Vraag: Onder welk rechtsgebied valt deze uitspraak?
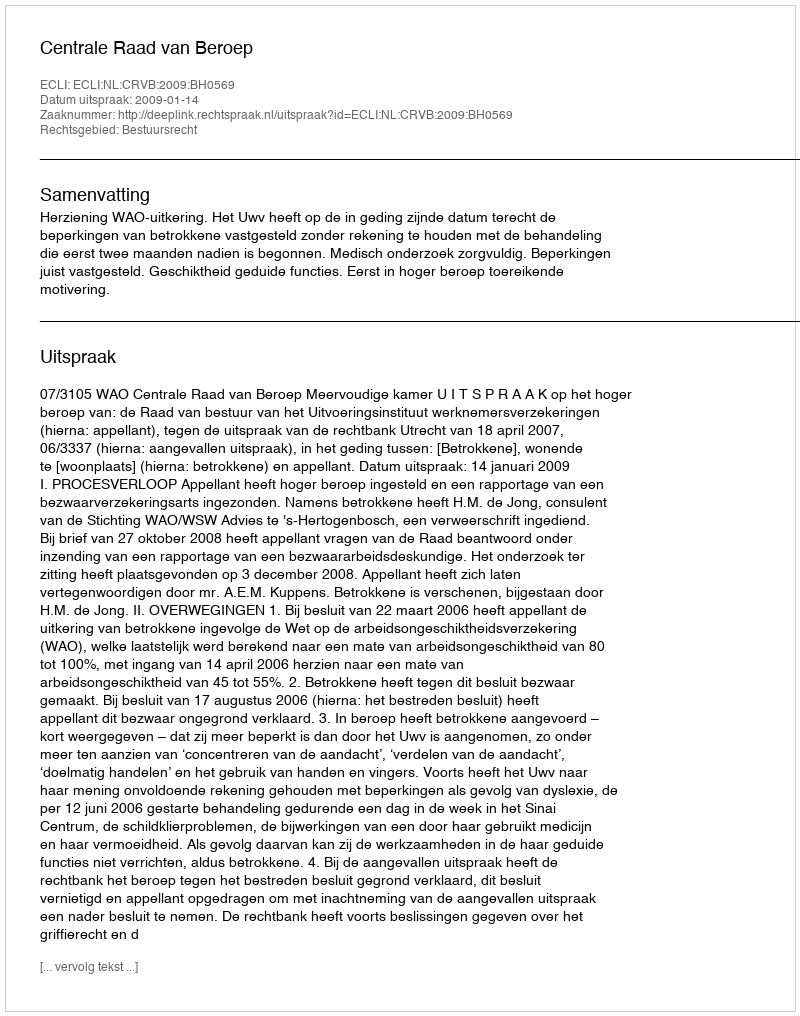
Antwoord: Bestuursrecht